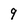
Character: 9